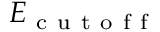
E _ { \mathrm { ~ c ~ u ~ t ~ o ~ f ~ f ~ } }